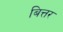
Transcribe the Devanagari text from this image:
बित्तर